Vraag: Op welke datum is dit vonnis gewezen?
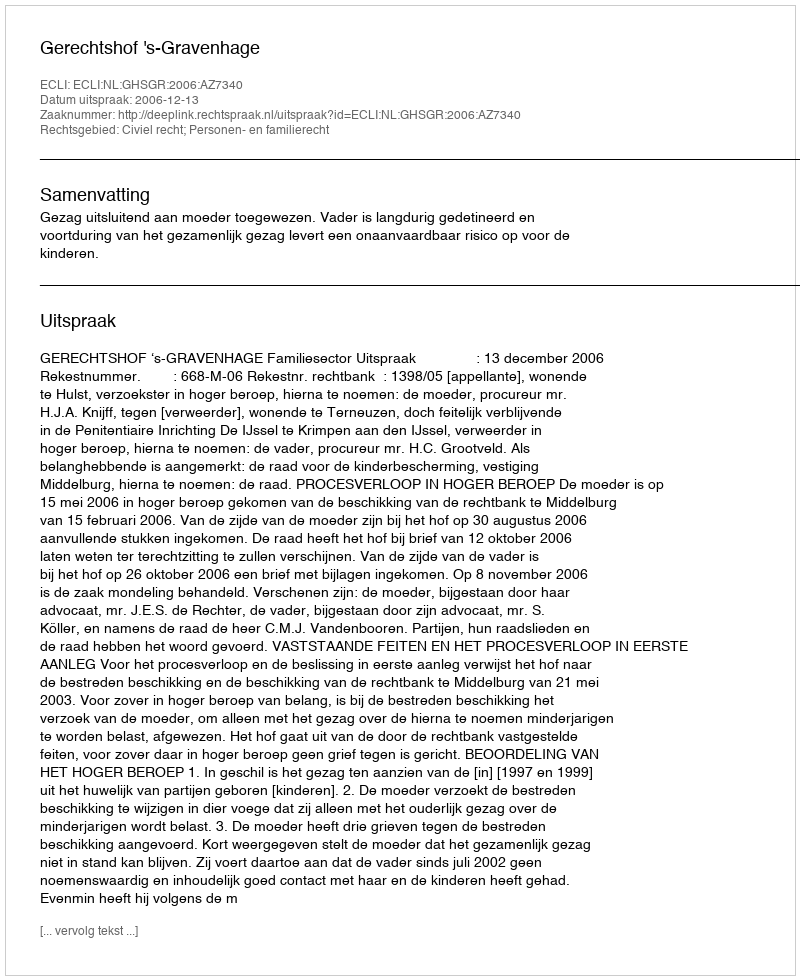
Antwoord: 2006-12-13